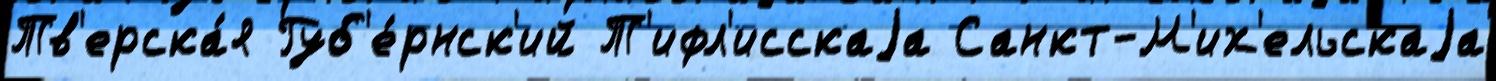
Тв'ерска́я Губ'е́рнск'ий Т'ифл'исскаjа Санкт-М'их'ельскаjа